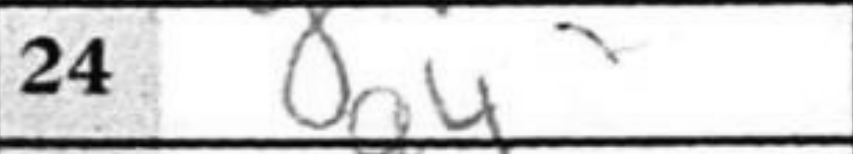
Transcription: g4